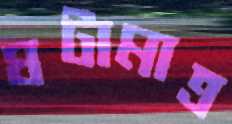
ঘটামাত্র